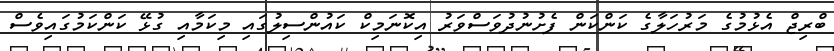
ބްރިޖް އެޅުމުގެ މަރުހަލާގެ ކަންކަން ފެށުނުދުވަސްވަރު އިކޮނަމިކް ކައުންސިލުގައި މިކަމާއި ގުޅޭ ކަންކަމުގައިވެސް